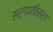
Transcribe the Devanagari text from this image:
सर्गप्रतिसर्ग